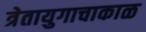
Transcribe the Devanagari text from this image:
त्रेतायुगाचाकाळ